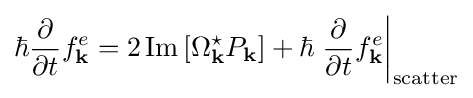
\hbar {\frac {\partial }{\partial t}}f_{\mathbf {k} }^{e}=2\operatorname {Im} \left[\Omega _{\mathbf {k} }^{\star }P_{\mathbf {k} }\right]+\hbar \left.{\frac {\partial }{\partial t}}f_{\mathbf {k} }^{e}\right|_{\mathrm {scatter} }